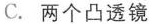
C.两个凸透镜